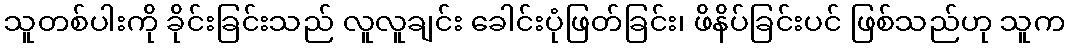
သူတစ်ပါးကို ခိုင်းခြင်းသည် လူလူချင်း ခေါင်းပုံဖြတ်ခြင်း၊ ဖိနိပ်ခြင်းပင် ဖြစ်သည်ဟု သူက